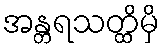
အန္တရသတ္ထိမှိ